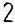
2